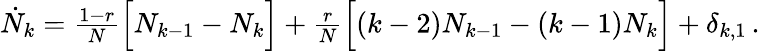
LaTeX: \begin{array}{r}{\dot{N}_{k}=\frac{1-r}{N}\Big[N_{k-1}-N_{k}\Big]+\frac{r}{N}\Big[(k-2)N_{k-1}-(k-1)N_{k}\Big]+\delta_{k,1}\, .}\end{array}